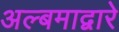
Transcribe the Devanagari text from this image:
अल्बमाद्वारे